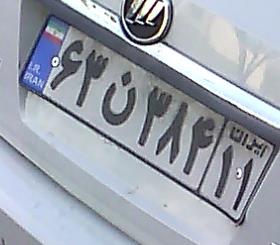
۶۳ن۳۸۴۱۱